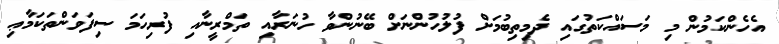
އެހެންކަމުން މި މަސައްކަތުގައި ދެމިތިބުމަށް ފުލުހުންނަށް ބޭނުންވާ ހުނަރާއި ތަމްރީނާއި ފުރިހަމަ ސިފަވަންތަކަމާޢި